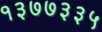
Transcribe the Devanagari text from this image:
१३७७३३५